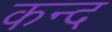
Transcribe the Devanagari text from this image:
कन्‍द